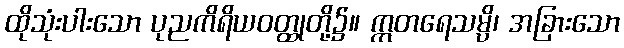
ထိုသုံးပါးသော ပုညကိရိယဝတ္ထုတို့၌။ ဣတရေသမ္ပိ၊ အခြားသော